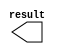
module lpm_constant3 (
	result);

	output	[11:0]  result;

endmodule